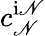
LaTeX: c_{\mathscr{N}}^{\mathrm{{i\mathscr{N}}}}